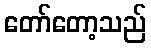
တော်တော့သည်